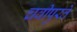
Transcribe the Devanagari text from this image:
चवीपुरते